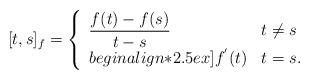
LaTeX: \begin{align*}[t,s]_{f}=\left\{ \begin{array}{ll}\displaystyle \frac{f(t)-f(s)}{t-s} \hskip 2em &t \neq s \\begin{align*}2.5ex] f^{'}(t) &t=s. \\ \end{array} \right.\end{align*}